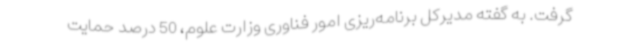
گرفت. به گفته مدیرکل برنامه‌ریزی امور فناوری وزارت علوم، 50 درصد حمایت